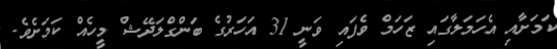
ކަމަށާއި އެހަމަލާގައި ޒަހަމް ވެފައި ވަނީ 31 އަހަރުގެ ބަންގްލަދޭޝް މީހެއް ކަމަށެވެ.